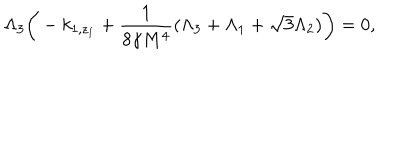
\Lambda _ { 3 } \bigg ( - k _ { 1 , z _ { 1 } } + \frac { 1 } { 8 \gamma M ^ { 4 } } ( \Lambda _ { 3 } + \Lambda _ { 1 } + \sqrt { 3 } \Lambda _ { 2 } ) \bigg ) = 0 ,